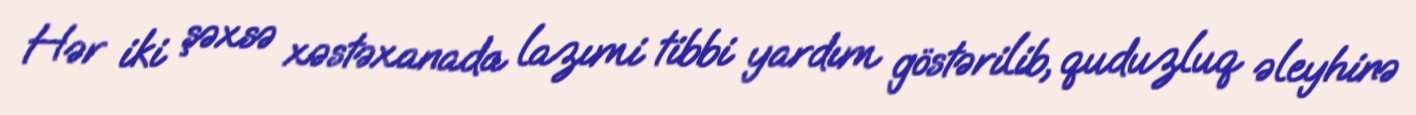
Hər iki şəxsə xəstəxanada lazımi tibbi yardım göstərilib, quduzluq əleyhinə